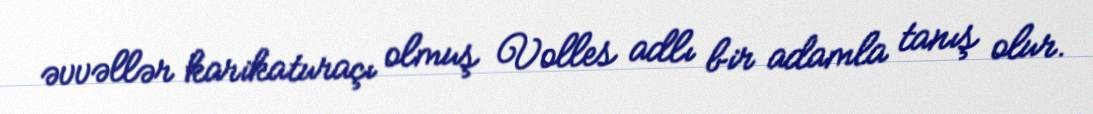
əvvəllər karikaturaçı olmuş Volles adlı bir adamla tanış olur.